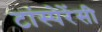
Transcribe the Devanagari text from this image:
टांस्पेरेंसी